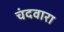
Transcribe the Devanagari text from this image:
चंदवारा